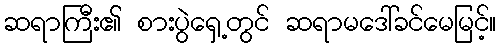
ဆရာကြီး၏ စားပွဲရှေ့တွင် ဆရာမဒေါ်ခင်မေမြင့်။